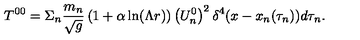
T ^ { 0 0 } = \Sigma _ { n } \frac { m _ { n } } { \sqrt { g } } \left( 1 + \alpha \ln ( \Lambda r ) \right) \left( U _ { n } ^ { 0 } \right) ^ { 2 } \delta ^ { 4 } ( x - x _ { n } ( \tau _ { n } ) ) d \tau _ { n } .